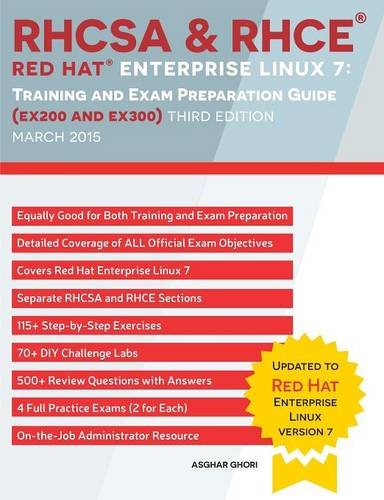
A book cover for RHCSA & RHCE Red Hat Enterprise Linux 7: Training and Exam Preparation Guide (EX200 and EX300), Third Edition; Asghar Ghori; Computers & Technology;